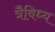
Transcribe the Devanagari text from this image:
त्रैविध्य